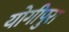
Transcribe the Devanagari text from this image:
योगीपुरा